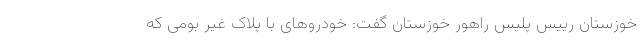
خوزستان رییس پلیس راهور خوزستان گفت: خودروهای با پلاک غیر بومی که